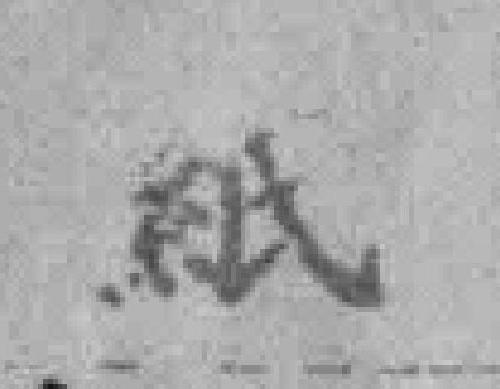
紙